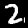
Digit: 2